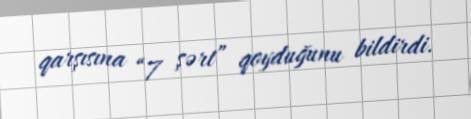
qarşısına “7 şərt” qoyduğunu bildirdi.